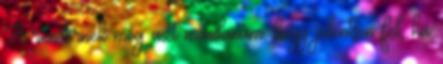
A rendőrnek meg azt mondanám, hogy jelentsen fel, ha